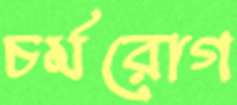
চর্মরোগ